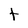
Character: t